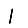
Digit: 1